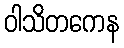
ဝါသိတကေန